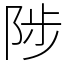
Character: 陟